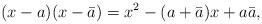
LaTeX: \begin{align*}(x-a)(x-\bar a) = x^2 - (a+\bar a) x + a \bar a,\end{align*}